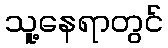
သူ့နေရာတွင်